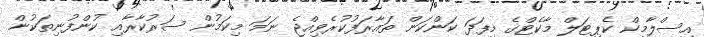
އިސްލާމިކް ކެޕިޓަލް މާކެޓްގެ މިފަދަ ކަންކަން ތައާރަފުކުރެވިއްޖެ ނަމަ މިކަމުން ސަރުކާރާއި ކުންފުނިތަކުން